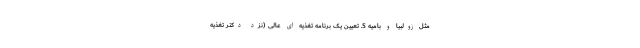
مثل زولبیا و بامیه 5. تعیین یک برنامه تغذیه ای عالی (نزد دکتر تغذیه